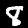
Label: 8